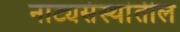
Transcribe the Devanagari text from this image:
नाट्यसंस्थांतील